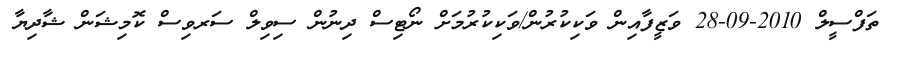
ތަފްސީލް 2010-09-28 ވަޒީފާއިން ވަކިކުރުން/ވަކިކުރުމަށް ނޯޓިސް ދިނުން ސިވިލް ސަރވިސް ކޮމިޝަން ޝާދިޔާ